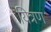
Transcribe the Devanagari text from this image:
यित्रण